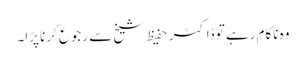
وہ ناکام رہے تو ڈاکٹر حفیظ شیخ سے رجوع کرنا پڑا۔